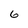
Character: 6